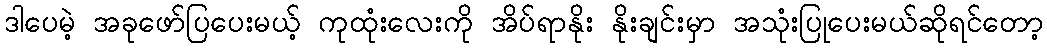
ဒါပေမဲ့ အခုဖော်ပြပေးမယ့် ကုထုံးလေးကို အိပ်ရာနိုး နိုးချင်းမှာ အသုံးပြုပေးမယ်ဆိုရင်တော့